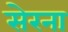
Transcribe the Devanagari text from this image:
सेरना